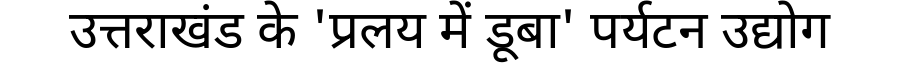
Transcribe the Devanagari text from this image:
उत्तराखंड के 'प्रलय में डूबा' पर्यटन उद्योग